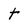
Character: t